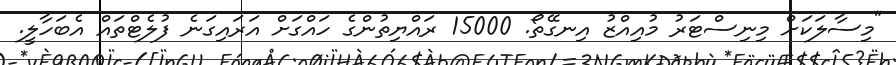
"މިސާލަކަށް މިނިސްޓަރު މުއިއްޒު އިނގޭތޯ. 15000 ރައްޔިތުންގެ ހައްގަށް އަރައިގަނެ ފުލެޓްތައް އެބަހާލީ.